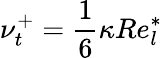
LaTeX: \nu_{t}^{+}=\frac{1}{6}\kappa Re_{l}^{*}